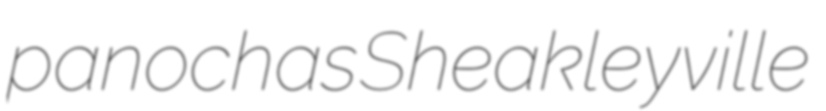
panochas Sheakleyville